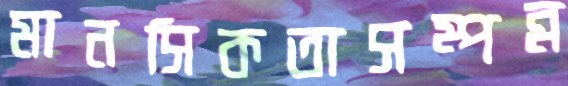
মানসিকতাসম্পন্ন